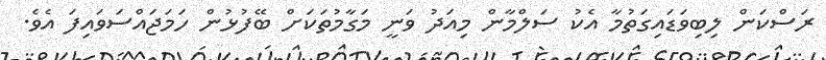
ރަސްކަން ލިބިވަޑައިގަތުމާ އެކު ސަލްމާން މިއަދު ވަނީ މަގާމުތަކަށް ބޭފުޅުން ހަމަޖައްސަވައިފަ އެވެ.